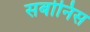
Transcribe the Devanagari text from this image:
सबोनिस